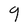
Character: 9